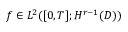
f \in L ^ { 2 } ( [ 0 , T ] ; H ^ { r - 1 } ( D ) )